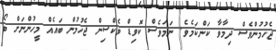
ޖެހުމުންވެސް ދިމާވާ ކަންކަމެވެ. ނަމަވެސް ކޮވިޑް ވެކްސިން ޖެހުމުން ބައެއް މީހުންނަށް ބޯ